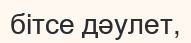
бітсе дәулет,